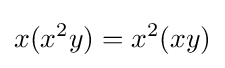
x(x^{2}y)=x^{2}(xy)